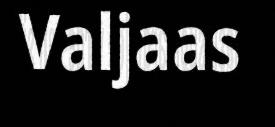
Valjaas